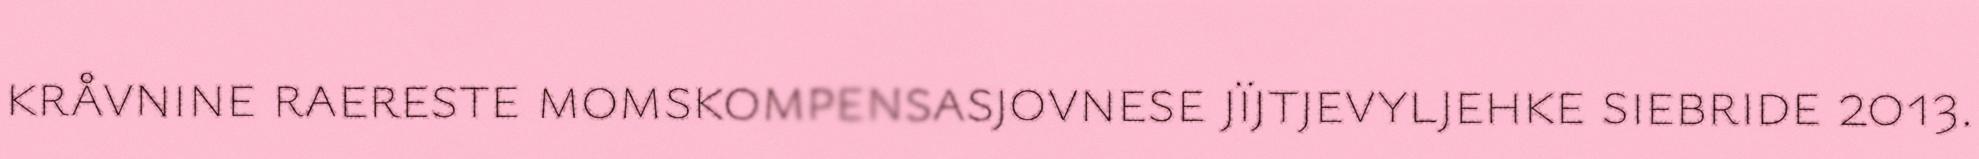
kråvnine raereste momskompensasjovnese jïjtjevyljehke siebride 2013.